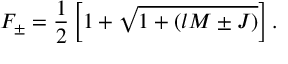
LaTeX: F _ { \pm } = \frac { 1 } { 2 } \left[ 1 + \sqrt { 1 + ( l M \pm J ) } \right] .